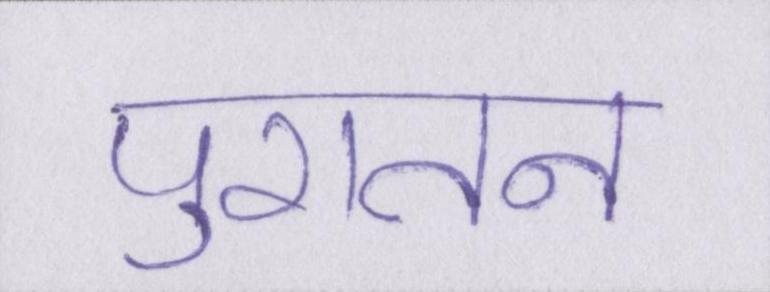
पुरातन